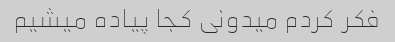
فکر کردم میدونی کجا پیاده میشیم